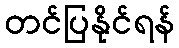
တင်ပြနိုင်ရန်